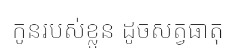
កូនរបស់ខ្លួន ដូចសត្វធាតុ